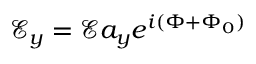
\mathcal { E } _ { y } = \mathcal { E } a _ { y } e ^ { i ( \Phi + \Phi _ { 0 } ) }